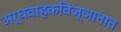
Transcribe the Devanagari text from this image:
अर्धवाहकविज्ञानात